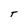
Character: T